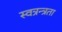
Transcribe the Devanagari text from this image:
स्वत्रन्त्रता